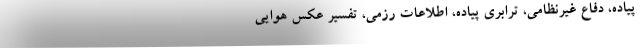
پیاده، دفاع غیرنظامی، ترابری پیاده، اطلاعات رزمی، تفسیر عکس هوایی